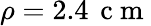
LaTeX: \rho=2.4\, \mathrm{~c~m~}